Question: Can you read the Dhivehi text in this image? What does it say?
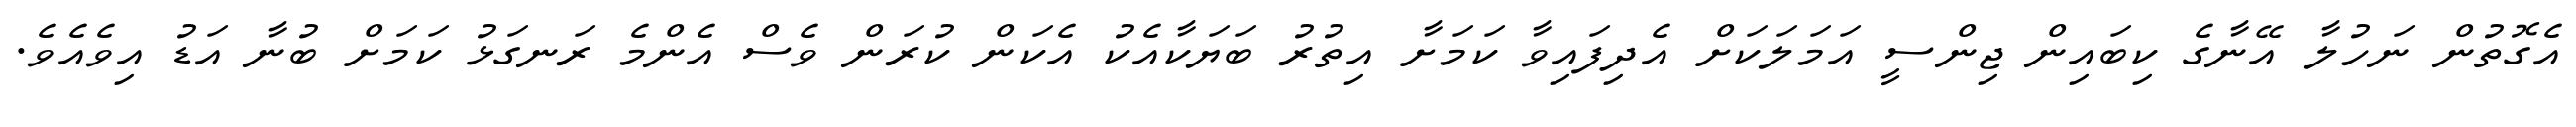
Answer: އެގޮތުން ނަހުލާ އޭނާގެ ކިބައިން ޖިންސީ އަމަލަކަށް އެދިފައިވާ ކަމަށާ އިތުރު ބަޔަކާއެކު އެކަން ކުރަން ވެސް އެންމެ ރަނގަޅު ކަމަށް ބުނާ އަޑު އިވެއެވެ.